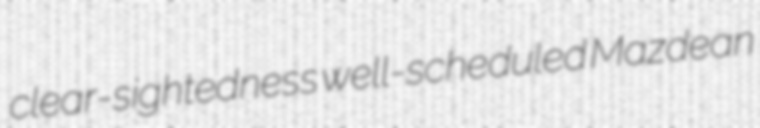
clear-sightedness well-scheduled Mazdean